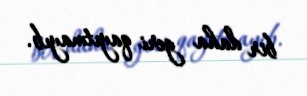
bir daha geri qayıtmayıb.